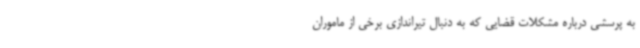
به پرسشی درباره مشکلات قضایی که به دنبال تیراندازی برخی از ماموران